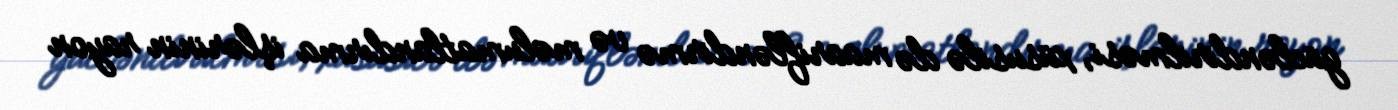
gücləndirilməsi, xüsusilə də maarifləndirmə və məlumatlandırma işlərinin rayon